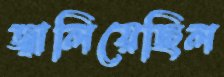
জ্বালিয়েছিল